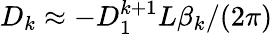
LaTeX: D_{k}\approx-D_{1}^{k+1}L\beta_{k}/(2\pi)